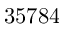
3 5 7 8 4